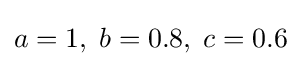
a=1,\;b=0.8,\;c=0.6